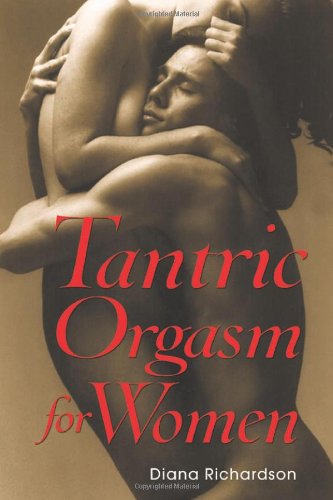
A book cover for Tantric Orgasm for Women; Diana Richardson; Self-Help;